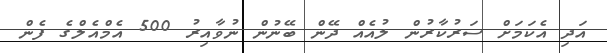
އަދި އެކަމަށް ސަރުކާރުން ލުއެއް ދޭން ބޭނުން ނުވާއިރު 500 އެމްއެލްގެ ފެން